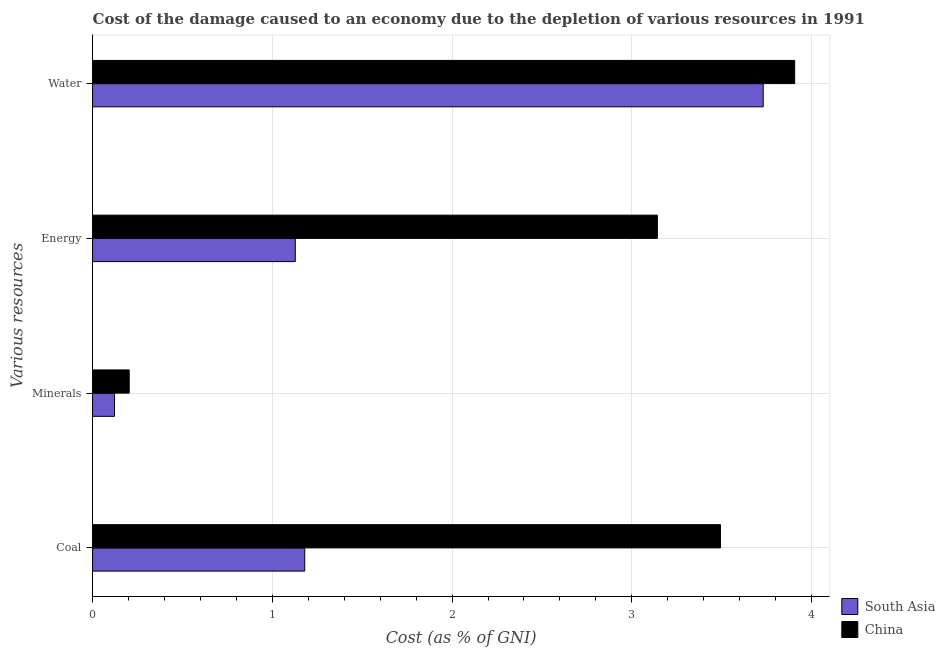
| Various resources | South Asia | China |
 | --- | --- | --- |
 | Coal | 1.18 | 3.49 |
 | Minerals | 0.122 | 0.204 |
 | Energy | 1.13 | 3.14 |
 | Water | 3.73 | 3.91 |